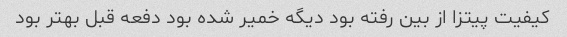
کیفیت پیتزا از بین رفته بود دیگه خمیر شده بود دفعه قبل بهتر بود